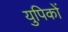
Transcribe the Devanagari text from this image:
युपिकों